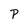
Character: P